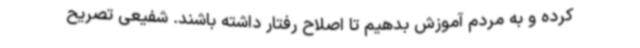
کرده و به مردم آموزش بدهیم تا اصلاح رفتار داشته باشند. شفیعی تصریح